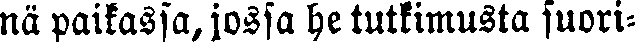
nä paikassa, jossa he tutkimusta suori-